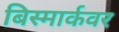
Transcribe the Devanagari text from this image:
बिस्मार्कवर